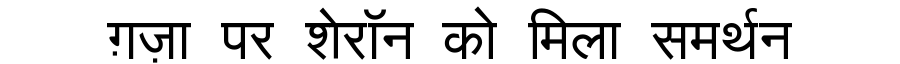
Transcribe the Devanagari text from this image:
ग़ज़ा पर शेरॉन को मिला समर्थन